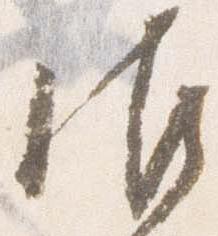
御